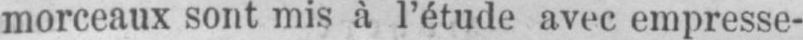
morceaux sont mis à l’étude avec empresse-